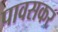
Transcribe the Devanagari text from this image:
पावसकर